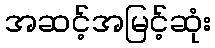
အဆင့်အမြင့်ဆုံး